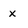
Character: x